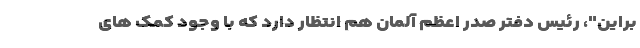
براین"، رئیس دفتر صدر اعظم آلمان هم انتظار دارد که با وجود کمک های